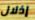
إذلال